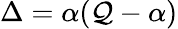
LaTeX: \Delta=\alpha(\mathcal{Q}-\alpha)